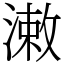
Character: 潄